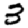
Digit: 3